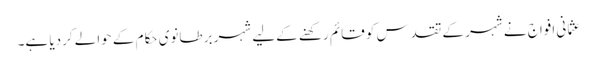
عثما نی افواج نے شہر کے تقدس کو قائم رکھنے کےلیے شہر برطانوی حکام کے حوالے کردیا ہے۔